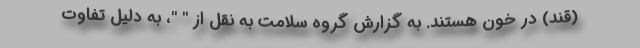
(قند) در خون هستند. به گزارش گروه سلامت به نقل از " "، به دلیل تفاوت